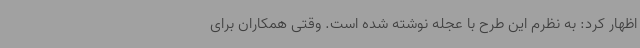
اظهار کرد: به نظرم این طرح با عجله نوشته شده است. وقتی همکاران برای